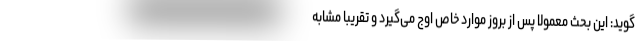
‌گوید: این بحث معمولا پس از بروز موارد خاص اوج می‌گیرد و تقریبا مشابه